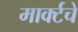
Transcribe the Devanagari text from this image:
मार्क्टचे